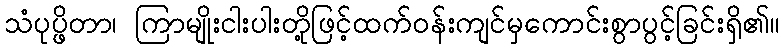
သံပုပ္ဖိတာ၊ ကြာမျိုးငါးပါးတို့ဖြင့်ထက်ဝန်းကျင်မှကောင်းစွာပွင့်ခြင်းရှိ၏။